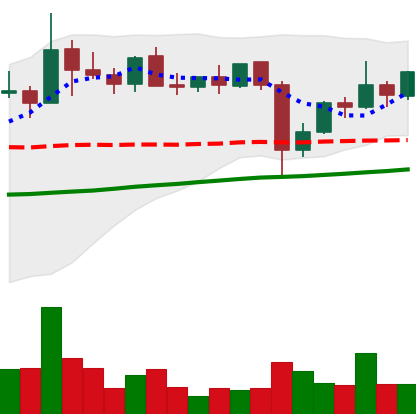
Ticker: XLM-USD
Chart end date: 2021-11-02
Forward return: -4.815%
Label: down_3_5